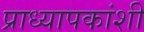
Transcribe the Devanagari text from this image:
प्राध्यापकांशी